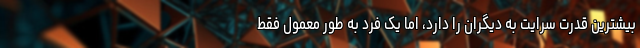
بیشترین قدرت سرایت به دیگران را دارد، اما یک فرد به طور معمول فقط